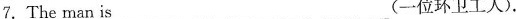
7. The man is ___(一位环卫工人).